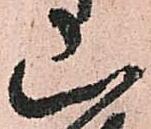
山